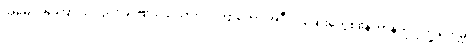
အမေ့ အကြောင်းလည်း ခင်ဗျား သိသားပဲ။ ကြာတော့ အဲဒီလို ဆေးတွေစုံနေတာနဲ့ကို ဒုက္ခ တွေ့မှာ